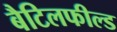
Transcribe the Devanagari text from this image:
बैटिलफील्ड